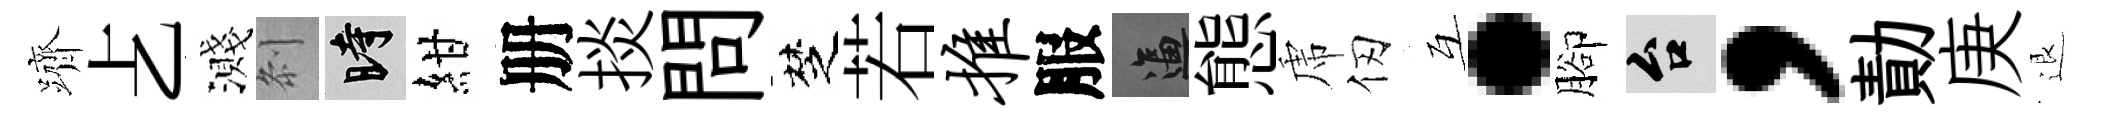
躋𠧒濺𠛴时紺册掞問椘若推服逼態虎仞互·腳台，勣庚退